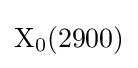
{\rm {X_{0}(2900)}}